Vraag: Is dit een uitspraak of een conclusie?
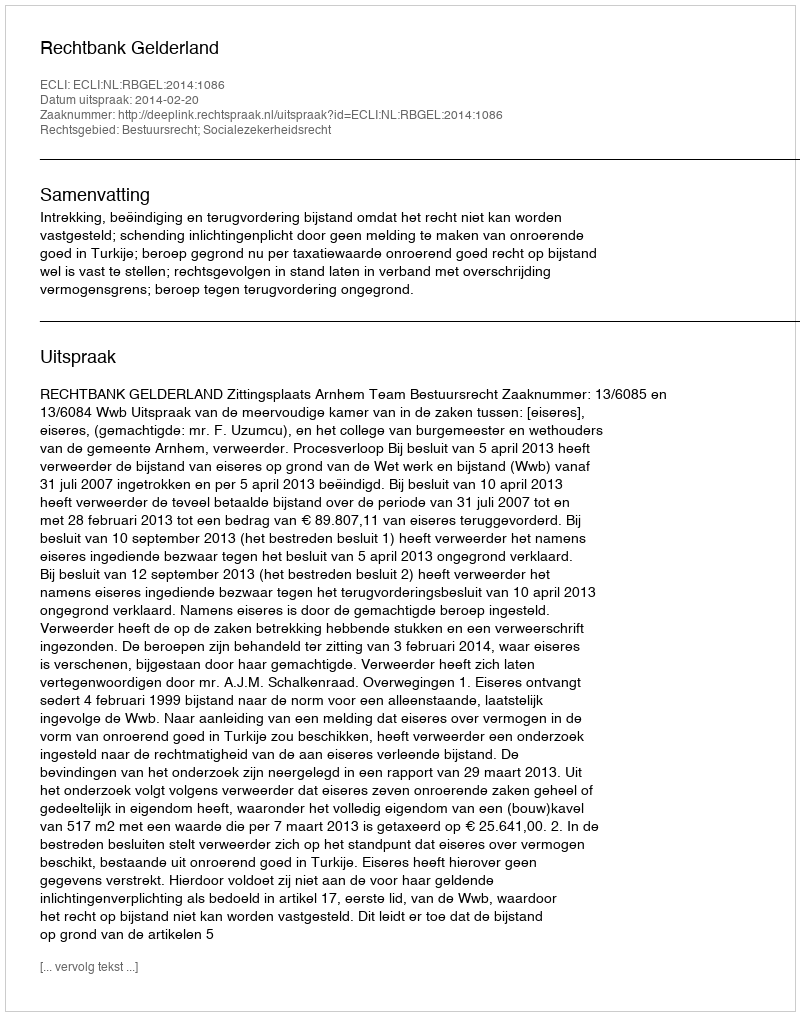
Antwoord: Uitspraak